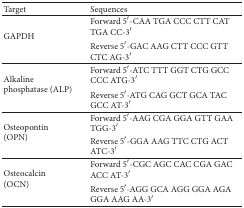
<table><thead><tr><td><b>Target</b></td><td><b>Sequences</b></td></tr></thead><tbody><tr><td rowspan="2">GAPDH</td><td>Forward 5′-CAA TGA CCC CTT CAT TGA CC-3′</td></tr><tr><td>Reverse 5′-GAC AAG CTT CCC GTT CTC AG-3′</td></tr><tr><td rowspan="2">Alkaline phosphatase (ALP) </td><td>Forward 5′-ATC TTT GGT CTG GCC CCC ATG-3′</td></tr><tr><td>Reverse 5′-ATG CAG GCT GCA TAC GCC AT-3′</td></tr><tr><td rowspan="2">Osteopontin (OPN)</td><td>Forward 5′-AAG CGA GGA GTT GAA TGG-3′</td></tr><tr><td>Reverse 5′-GGA AAG TTC CTG ACT ATC-3′</td></tr><tr><td rowspan="2">Osteocalcin (OCN) </td><td>Forward 5′-CGC AGC CAC CGA GAC ACC AT-3′</td></tr><tr><td>Reverse 5′-AGG GCA AGG GGA AGA GGA AAG AA-3′</td></tr></tbody></table>